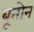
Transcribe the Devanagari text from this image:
बूतोन